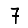
Digit: 7